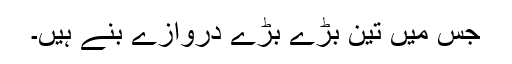
جس میں تین بڑے بڑے دروازے بنے ہیں۔